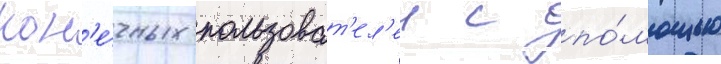
кон'е́чных пользоват'ел'еи с по́мощью